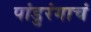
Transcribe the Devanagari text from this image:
पांडुरंगाचं